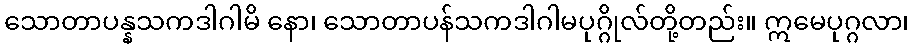
သောတာပန္နသကဒါဂါမိ နော၊ သောတာပန်သကဒါဂါမပုဂ္ဂိုလ်တို့တည်း။ ဣမေပုဂ္ဂလာ၊